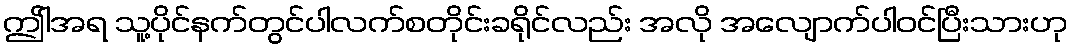
ဤါအရ သူ့ပိုင်နက်တွင်ပါလက်စတိုင်းခရိုင်လည်း အလို အလျောက်ပါဝင်ပြီးသားဟု